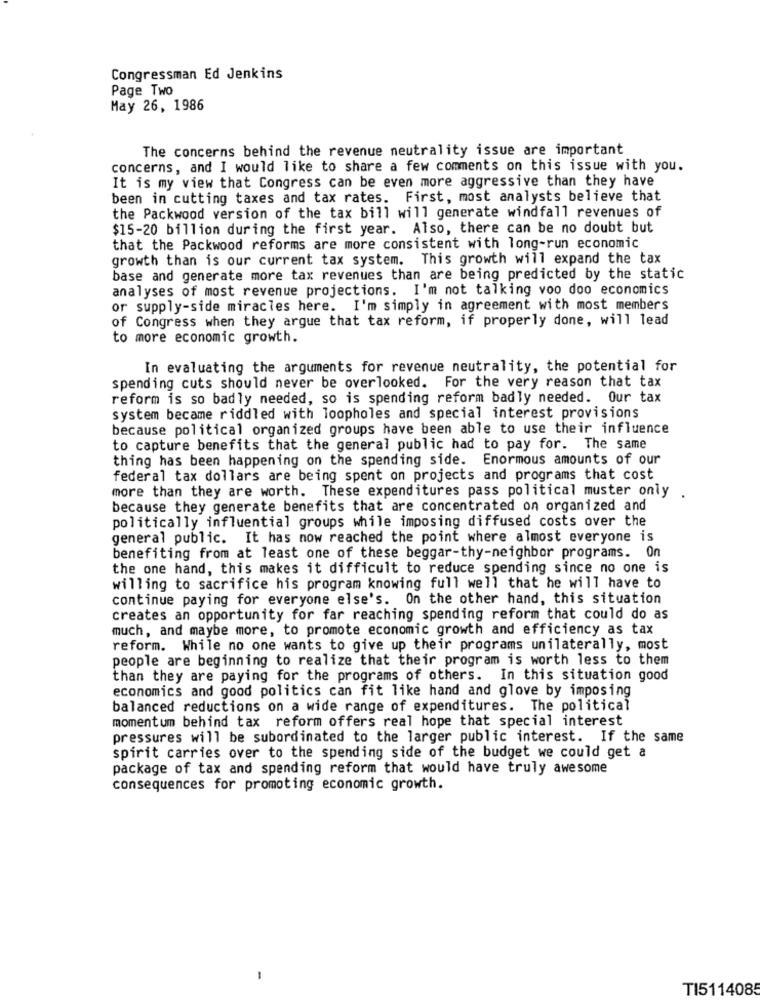
Congressman Ed Jenkins
Page Two
May 26, 1986
The concerns behind the revenue neutrality issue are important
concerns, and I would like to share a few comments on this issue with you.
It is my view that Congress can be even more aggressive than they have
been in cutting taxes and tax rates. First, most analysts believe that
the Packwood version of the tax bill will generate windfall revenues of
$15-20 billion during the first year. Also, there can be no doubt but
that the Packwood reforms are more consistent with long-run economic
growth than is our current tax system. This growth will expand the tax
base and generate more tax revenues than are being predicted by the static
analyses of most revenue projections. I'm not talking voo doo economics
or supply-side miracles here. I'm simply in agreement with most members
of Congress when they argue that tax reform, if properly done, will lead
to more economic growth.
In evaluating the arguments for revenue neutrality, the potential for
spending cuts should never be overlooked. For the very reason that tax
reform is so badly needed, so is spending reform badly needed. Our tax
system became riddled with loopholes and special interest provisions
because political organized groups have been able to use their influence
to capture benefits that the general public had to pay for. The same
thing has been happening on the spending side. Enormous amounts of our
federal tax dollars are being spent on projects and programs that cost
more than they are worth. These expenditures pass political muster only
because they generate benefits that are concentrated on organized and
politically influential groups while imposing diffused costs over the
general public. It has now reached the point where almost everyone is
benefiting from at least one of these beggar-thy-neighbor programs. On
the one hand, this makes it difficult to reduce spending since no one is
willing to sacrifice his program knowing full well that he will have to
continue paying for everyone else's. On the other hand, this situation
creates an opportunity for far reaching spending reform that could do as
much, and maybe more, to promote economic growth and efficiency as tax
reform. While no one wants to give up their programs unilaterally, most
people are beginning to realize that their program is worth less to them
than they are paying for the programs of others. In this situation good
economics and good politics can fit like hand and glove by imposing
balanced reductions on a wide range of expenditures. The political
momentum behind tax reform offers real hope that special interest
pressures will be subordinated to the larger public interest. If the same
spirit carries over to the spending side of the budget we could get a
package of tax and spending reform that would have truly awesome
consequences for promoting economic growth.
-
TI5114085